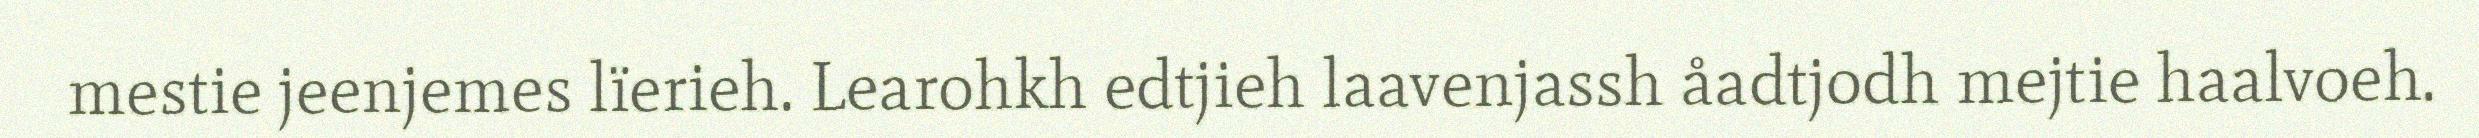
mestie jeenjemes lïerieh. Learohkh edtjieh laavenjassh åadtjodh mejtie haalvoeh.